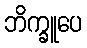
ဘိက္ခူပေ